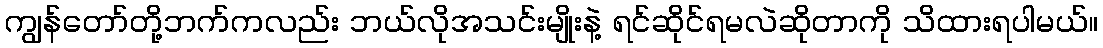
ကျွန်တော်တို့ဘက်ကလည်း ဘယ်လိုအသင်းမျိုးနဲ့ ရင်ဆိုင်ရမလဲဆိုတာကို သိထားရပါမယ်။